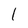
Character: 1